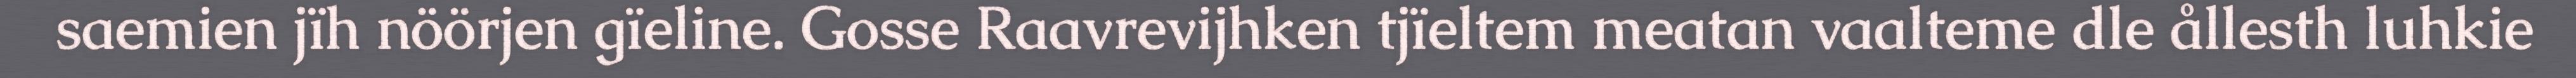
saemien jïh nöörjen gïeline. Gosse Raavrevijhken tjïeltem meatan vaalteme dle ållesth luhkie